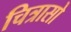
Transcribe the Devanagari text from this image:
चित्रासो